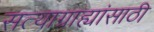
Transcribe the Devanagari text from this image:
सत्याग्राह्यांसाठी